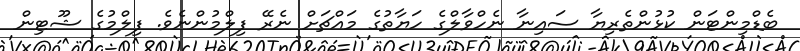
ބެޑްމިންޓަން ކުޅުންތެރިޔާ ސައިނާ ނެހްވާލްގެ ހަޔާތުގެ މައްޗަށް ނެރޭ ފިލްމުންނެވެ. ފިލްމުގެ ޝޫޓިން